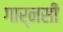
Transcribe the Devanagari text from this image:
गार्नसी